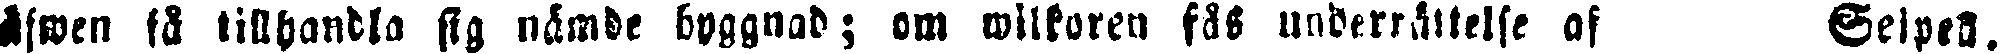
äfwen så tillhandla sig nämde byggnad; om wilkoren fås underrättelse af Seipell.